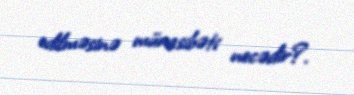
edilməsinə münasibəti necədir?.